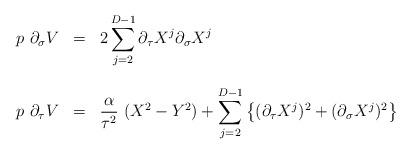
LaTeX: \begin{align*}\begin{array}{lcl}p~ \partial_{\sigma} V & = & {\displaystyle 2 \sum_{j=2}^{D-1}\partial_{\tau} X^j \partial_{\sigma} X^j } \\ & & \\p~ \partial_{\tau} V & = & {\displaystyle \frac{\alpha}{\tau^2}~(X^2-Y^2) + \sum_{j=2}^{D-1} \left\{ (\partial_{\tau} X^j)^2 + (\partial_{\sigma} X^j)^2 \right\} }\end{array}\end{align*}